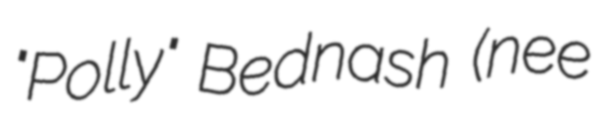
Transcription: "Polly" Bednash (nee